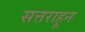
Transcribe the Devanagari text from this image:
सत्तराहून